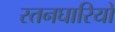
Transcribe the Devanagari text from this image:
स्तनघारियों